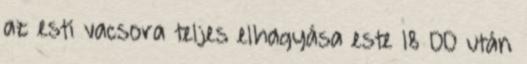
az esti vacsora teljes elhagyása este 18 00 után